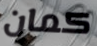
كمان